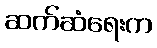
ဆက်ဆံရေးက